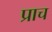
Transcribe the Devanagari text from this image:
प्राच